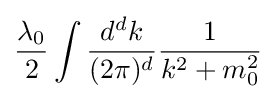
{\frac {\lambda _{0}}{2}}\int {\frac {d^{d}k}{(2\pi )^{d}}}{\frac {1}{k^{2}+m_{0}^{2}}}